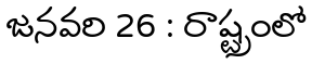
జనవరి 26 : రాష్ట్రంలో